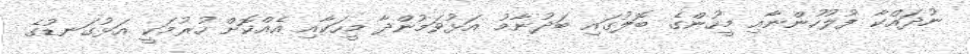
ނުދައްކާ ފުލުހުންނާއި މީހުންގެ ބޮލުގައި ބަދުނާމު އަޅުވަމުންދާ މީހަކާއި އެއްކޮށް ހުރުމަކީ އަޅުގަނޑުގެ